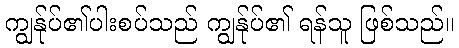
ကျွန်ုပ်၏ပါးစပ်သည် ကျွန်ုပ်၏ ရန်သူ ဖြစ်သည်။